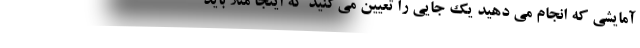
آمایشی که انجام می دهید یک جایی را تعیین می‌کنید که اینجا مثلا باید